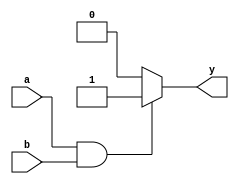
module and_gate(a,b,y);
  
input a,b;
output y;
reg y;

//behavioral modelling
always@(a,b)
begin
  if(a==1&&b==1)
    y=1;
  else
    y=0;
  end
endmodule

module testbench();
reg a,b;
wire y;
and_gate sa(a,b,y);
initial
begin
a=0; b=0;
#5 a=0; b=1;
#5 a=1; b=0;
#5 a=1; b=1;
#5 $finish;
end
endmodule